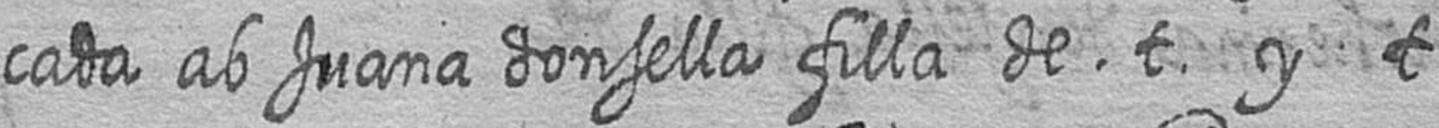
cada ab Juana donsella filla de t y t